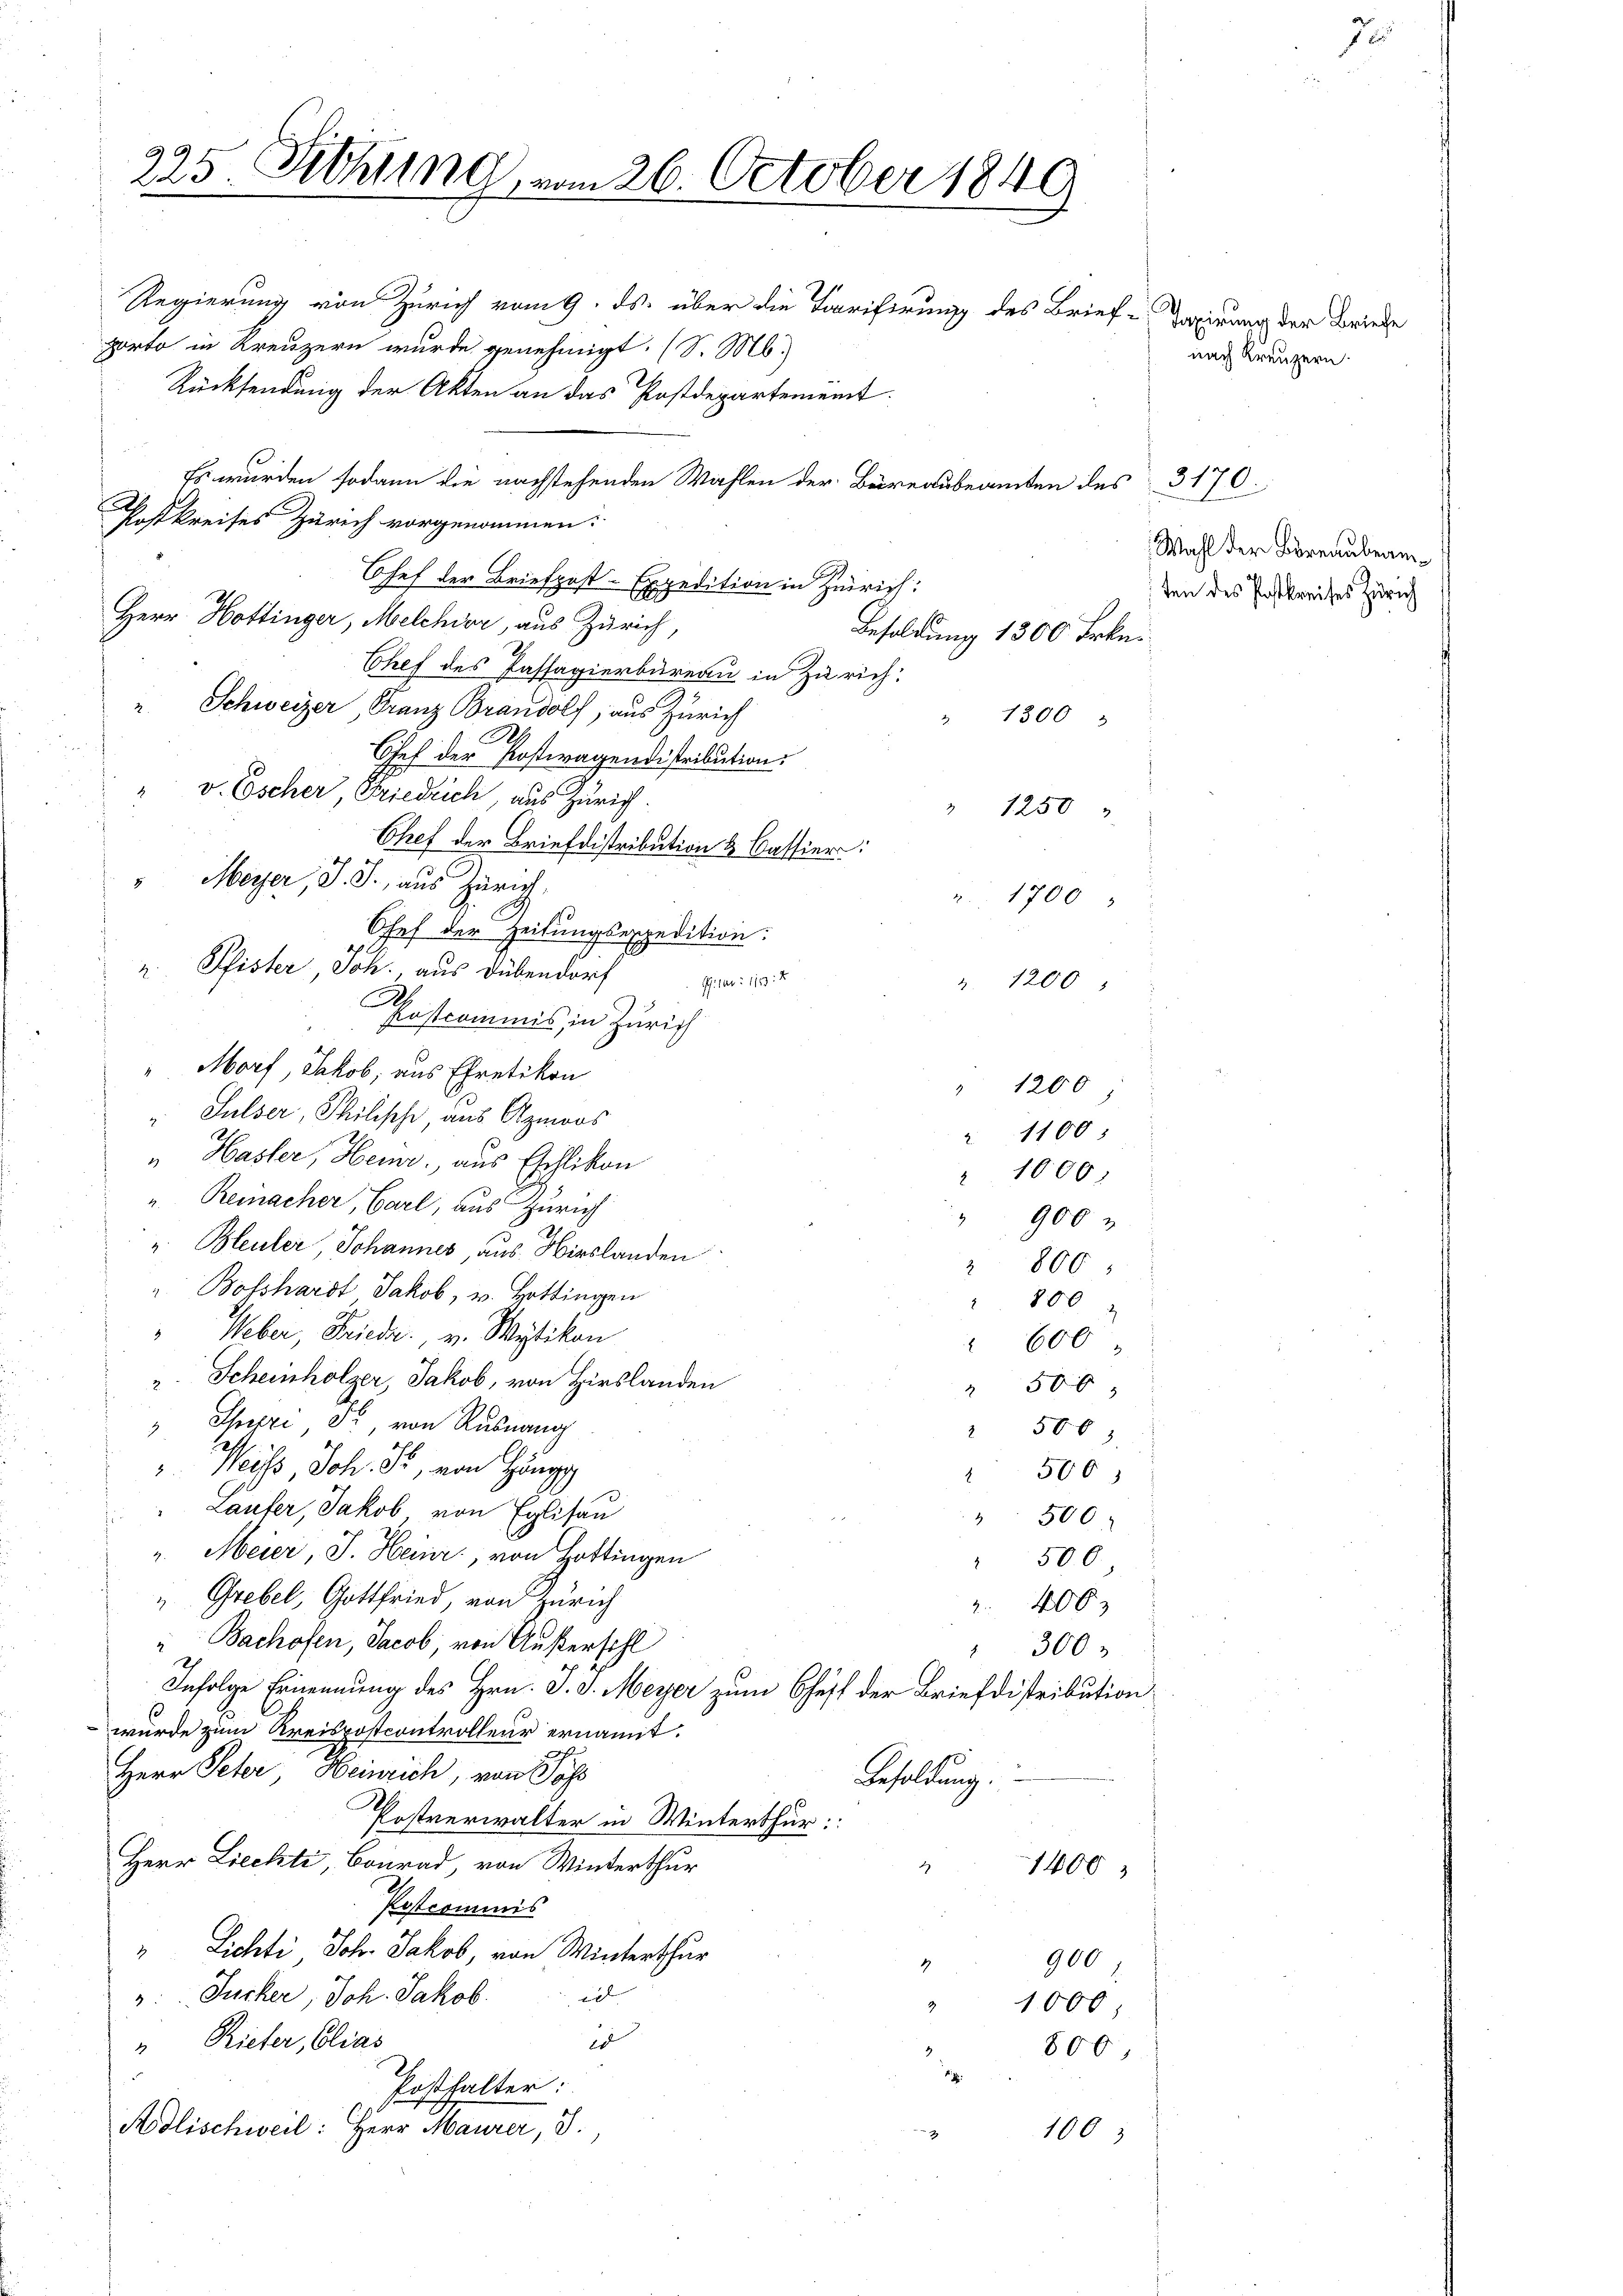
225. Siehung, vom 26. October 1840

Regierung von Zürich vom 9. ds. über die Tarifirung des Brieferirung der Briefe
porto in Kreuzern wurde genehmigt. (S. M.)
Rücksendung der Akten an das Postdepartement.
Es wurden sodann die nachstehenden Wahlen der Bureaubeamten des 3170.
.
Postkreises Zürich vorgenommen:
Chef der Briefpost-Expedition in Zürich:
Herr Hottinger, Melchior, aus Zürich,
Besoldung 1300 Frkn.
Chef des Passagierbureau in Zürich:
" Schweizer, Franz Brandolf, aus Zürich
1300
Chef der Kostwagendistribution.
" v. Escher, Friedrich, aus Zürich.
" 1250
Chef der Briefdistribution & Battier
Meyer, J. J., aus Zürich,
. 1700
Ohef der Zeitungsexpedition:
2. Pfister, Joh. aus Dübendorf
" 1200
Postcommis, in Zürich
"Morf, Jakob, aus Ehretikon
Sulser, Philische, aus Aymoos
Hasler, Heinr. aus Eschlikon
.
Remnacher, Carl, aus Zürich
". Bleuler, Johannes, aus Hirslanden
 800
" Bosshardt Jakob, v. Hottingen
 800
Weber, Frieder, v. Wytikon
 600
". Scheinholzer, Jakob, von Hirslanden
" 500
Spiri Fr, von Rusnang
506;
" Weiss, Joh. 32, von Höngg
 500
Läufer, Jakob von Eglisau
 500
u. Meier, J. Heinr., von Hottingen
" 500.
" Grebel, Gottfried, von Zürich
2 40 x
" Bachofen, Jacob, von Außerschl
 300
Infolge Ernennung des Hrn. J. J. Meyer zum Cheff der Briefdistribution
wurde zum Kreispostcontrolleur ernannt.
Herr Peter, Heinrich, von Wass
Besoldung.
Postverwalter in Winterthur:
Herr Liechte, Conrad, von Winterthur
s
1400
Postcommis
" Lichti, Joh. Jakob, von Winterthur
900,
d
: Jucker, Joh. Jakob.
1000;
d
" Rieter, Elias
800,
Posthalter:
Adlischweil: Herr Maurer, S.
100

8.

" 1200
 1100;
1000.
 900

nach Kreuzern.

7

Wahl der Bureaubeamten des Postkreises Zürich